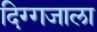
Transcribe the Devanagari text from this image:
दिग्गजाला